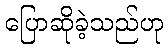
ပြောဆိုခဲ့သည်ဟု